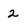
Character: 2